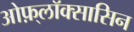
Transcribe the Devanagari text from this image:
ओफ़्लॉक्सासिन